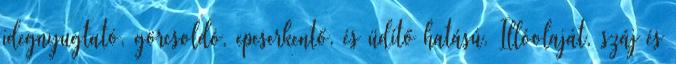
idegnyugtató, görcsoldó, epeserkentő, és üdítő hatású. Illóolaját, száj és